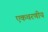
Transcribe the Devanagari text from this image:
एकचरणीय